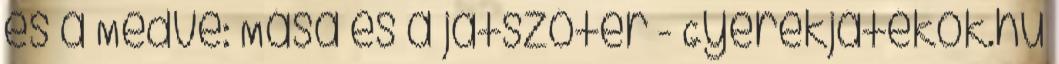
és a Medve: Mása és a játszótér - Gyerekjátékok.hu